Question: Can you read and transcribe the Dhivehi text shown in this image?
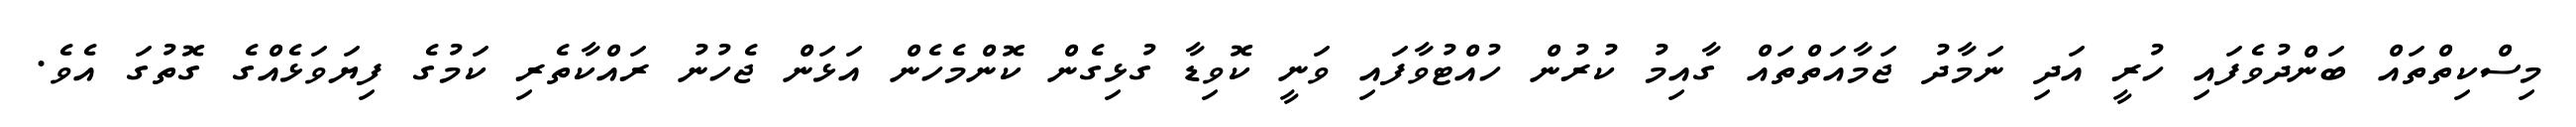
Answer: މިސްކިތްތައް ބަންދުވެފައި ހުރީ އަދި ނަމާދު ޖަމާއަތްތައް ގާއިމު ކުރުން ހުއްޓުވާފައި ވަނީ ކޮވިޑާ ގުޅިގެން ކޮންމެހެން އަޅަން ޖެހުނު ރައްކާތެރި ކަމުގެ ފިޔަވަޅެއްގެ ގޮތުގަ އެވެ.